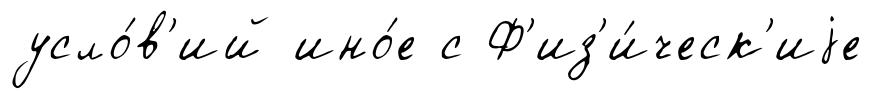
усло́в'ий ино́е с Ф'из'и́ческ'иjе